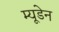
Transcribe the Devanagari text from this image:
म्यूडेन